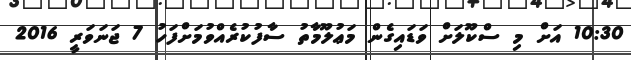
10:30 އަށް މި ސްކޫލަށް ވަޑައިގެން މަޢުލޫމާތު ސާފުކުރެއްވުމަށްފަހު 7 ޖަނަވަރީ 2016